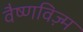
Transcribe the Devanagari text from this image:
वैष्णविज़्म